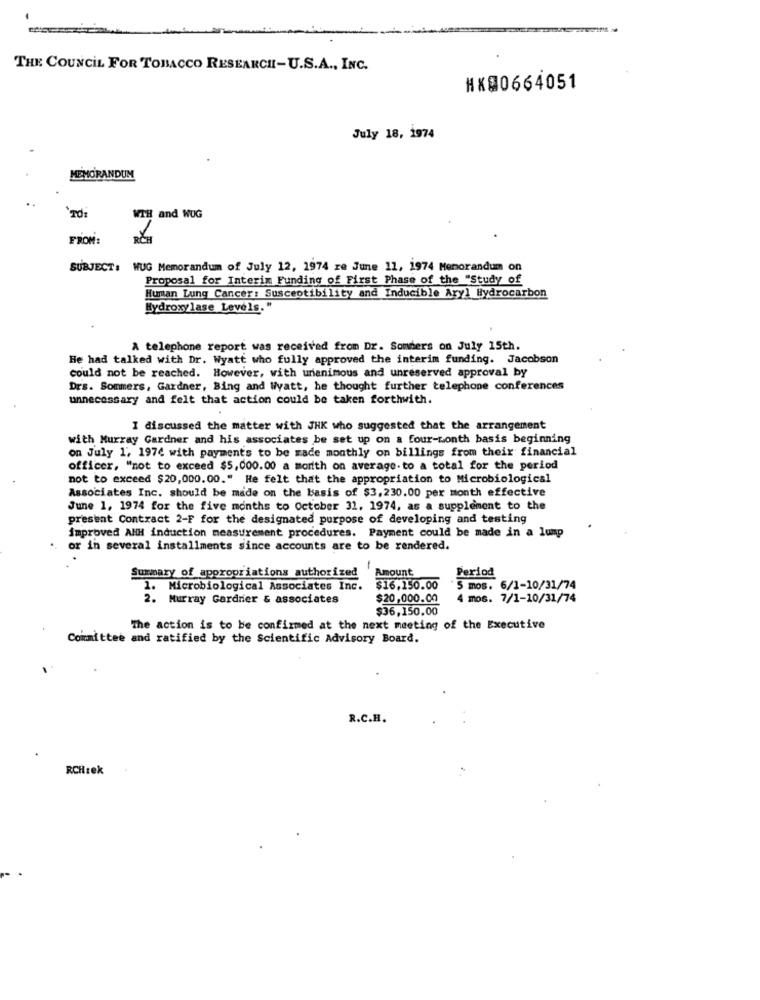
THE COUNCIL FOR TOBACCO RESEARCH-U.S.A ., INC.
#X00664051
July 18, 1974
MEMORANDUM
WTH
and WUG
FROM:
SUBJECT: WUG Memorandum of July 12, 1974 ze June 11, 1974 Memorandum on
Proposal for Interim Funding of First Phase of the "Study of
Human Lung Cancer: Susceptibility and Inducible Aryl Hydrocarbon
Hydroxylase Levels."
A telephone report was received from Dr. Sonders on July 15th.
He had talked with Dr. Wyatt who fully approved the interim funding. Jacobson
could not be reached. However, with unanimous and unreserved approval by
Drs. Sommers, Gardner, Bing and Wyatt, he thought further telephone conferences
unnecessary and felt that action could be taken forthwith.
I discussed the matter with JHK who suggested that the arrangement
with Murray Gardner and his associates be set up on a four-month basis beginning
on July 1', 1974 with payments to be made monthly on billings from their financial
officer, "not to exceed $5,000.00 a month on average.to a total for the period
not to exceed $20,000.00." He felt that the appropriation to Microbiological
Associates Inc. should be made on the basis of $3,230.00 per month effective
June 1, 1974 for the five months to October 31, 1974, as a supplement to the
present Contract 2-F for the designated purpose of developing and testing
improved AHH induction measurement procedures. Payment could be made in a lump
or in several installments since accounts are to be rendered.
-
Amount
Summary of appropriations authorized
Period
1.
Microbiological Associates Inc.
$16.150.00
5 mos. 6/1-10/31/74
2.
Murray Gardnier & associates
$20,000.00
4 mos. 7/1-10/31/74
$36,150.00
The action is to be confirmed at the next meeting of the Executive
Committee and ratified by the Scientific Advisory Board.
R.C.H.
RCHtex